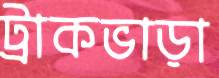
ট্রাকভাড়া